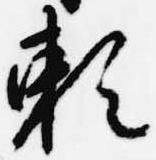
頼